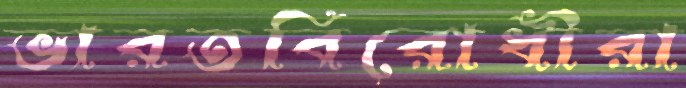
ভারতবিরোধীরা